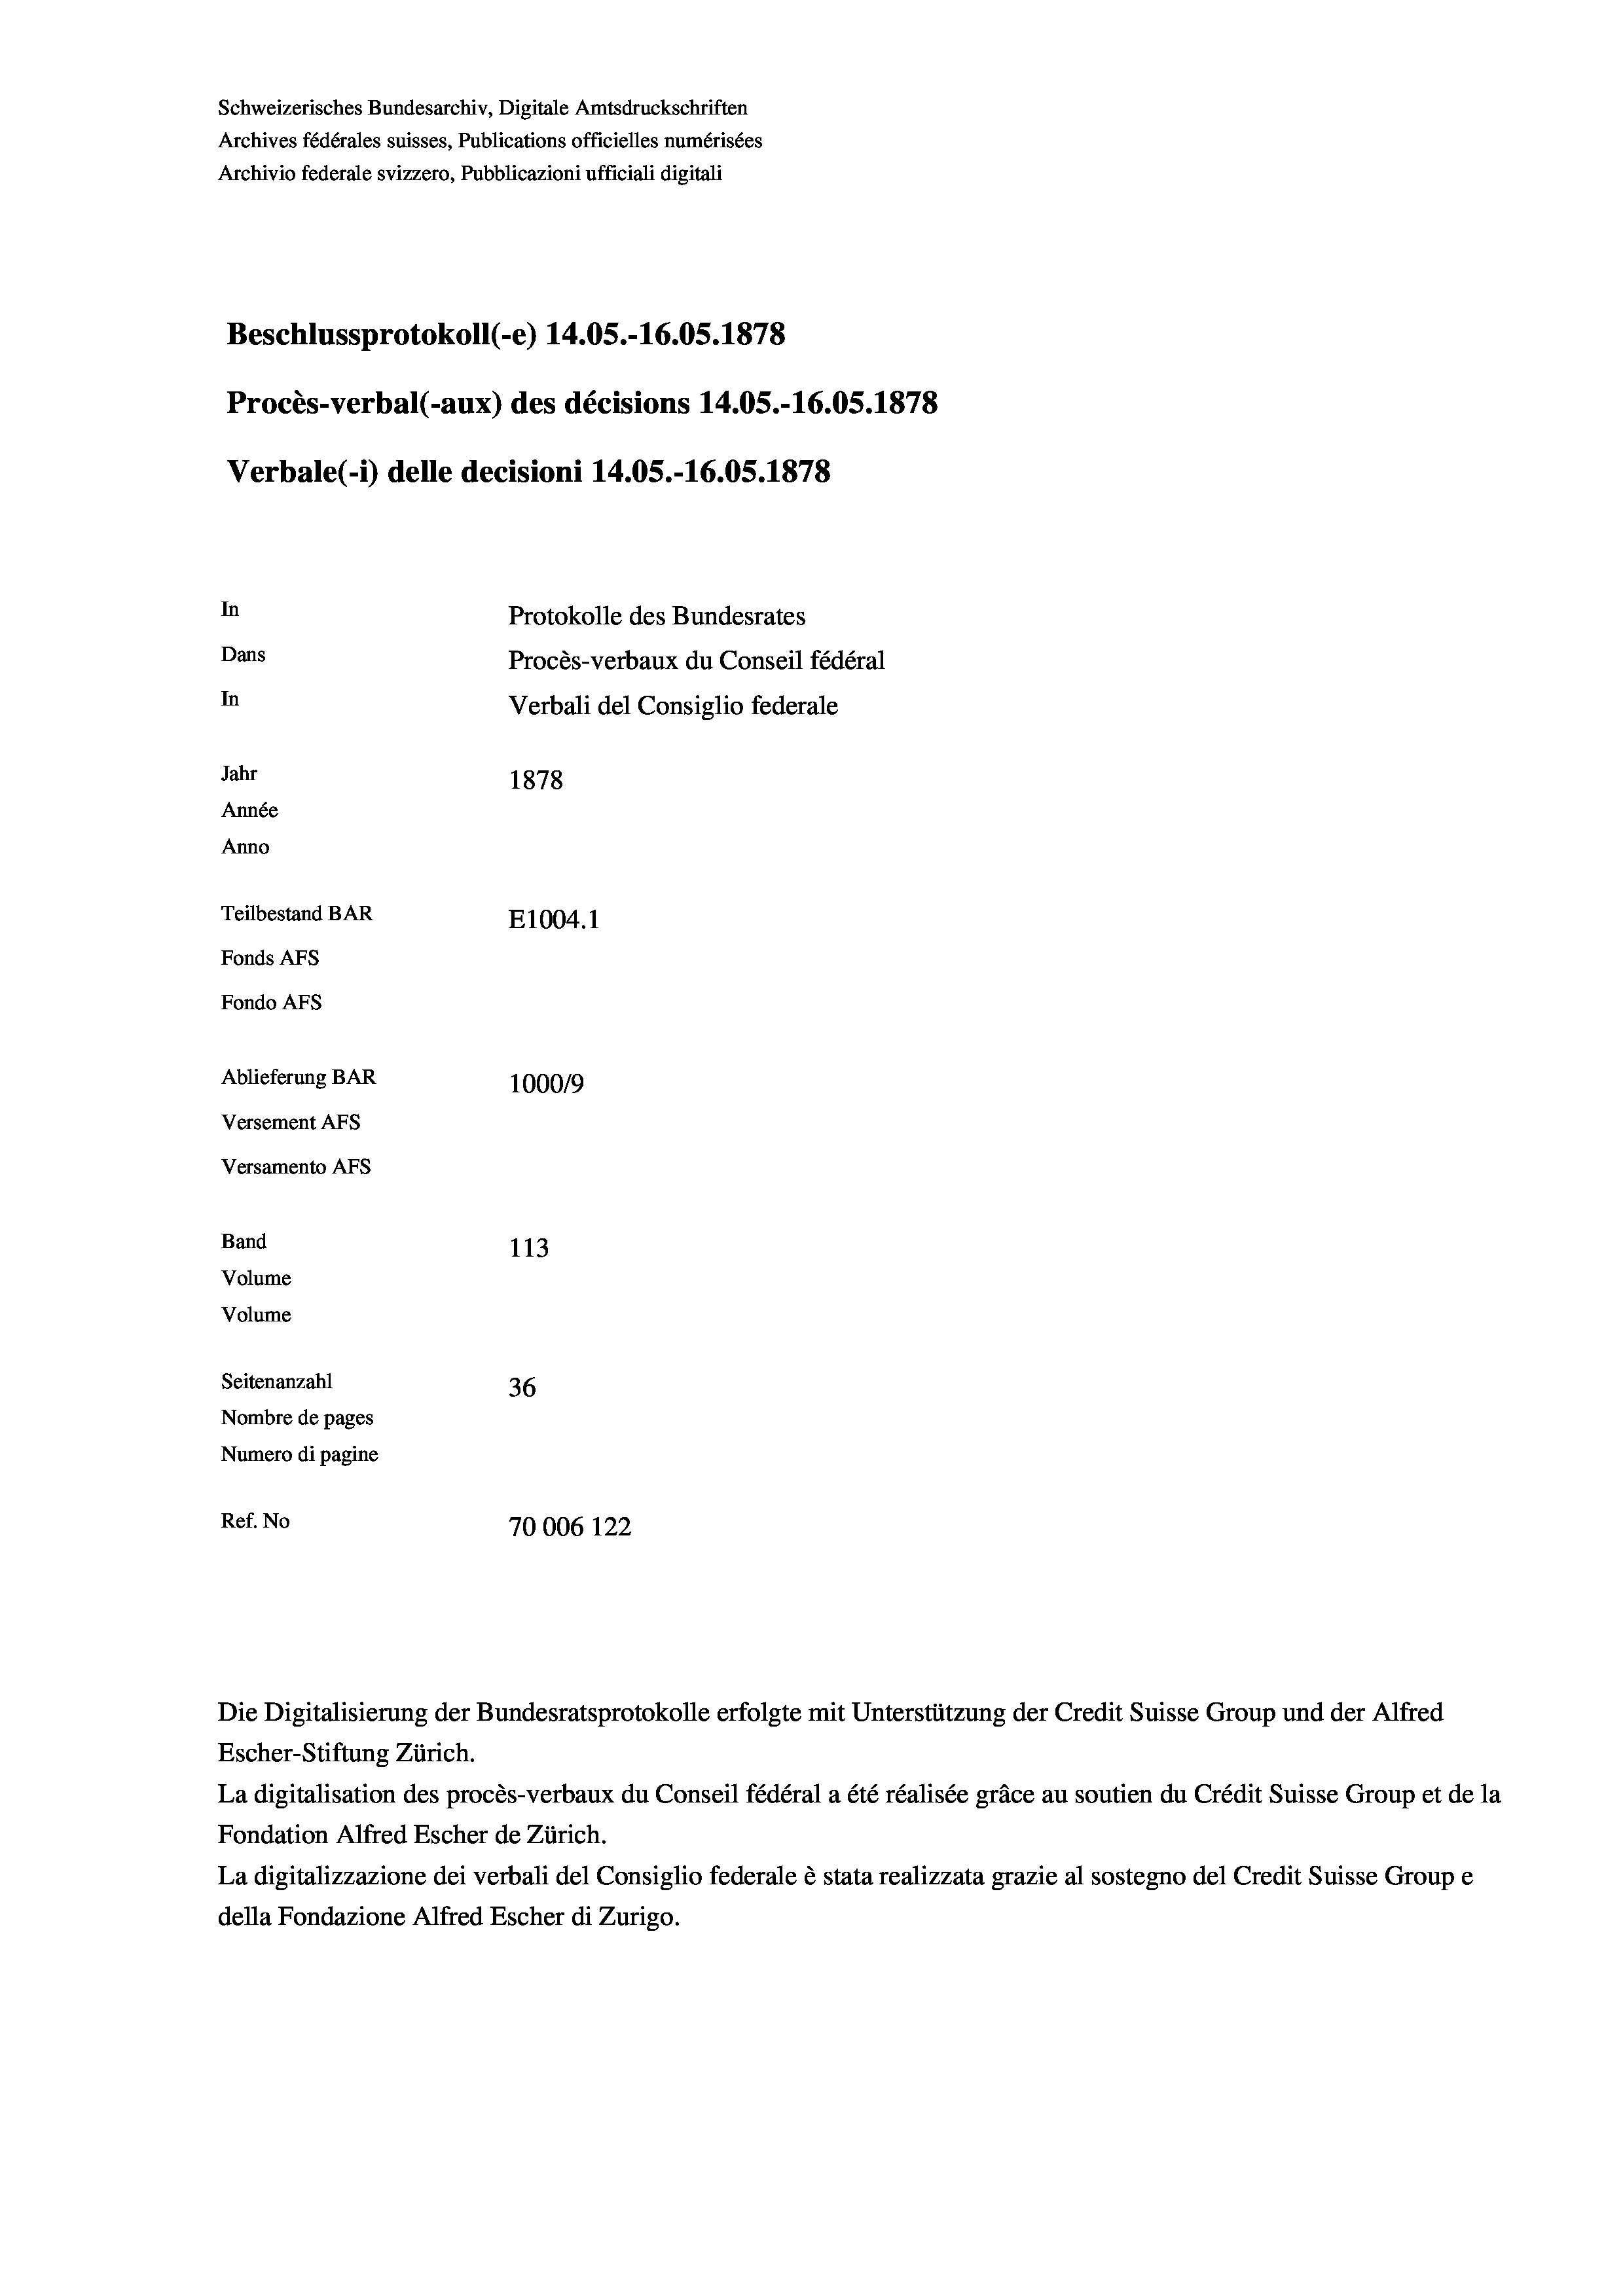
Schweizerisches Bundesarchiv, Digitale Amtsdruckschriften
Archives fédérales suisses, Publications officielles numérisées
Archivio federale svizzero, Pubblicazioni ufficiali digitali
Beschlussprotokoll (-e) 14.05.-16.05. 1878
Procès-verbal (-aux) des décisions 14.05.-16.05. 1878
Verbale (1) delle decisioni 14.05.-16.05. 1878
In
Protokolle des Bundesrates
Dans
Procès-verbaux du Conseil fédéral
In
Verbali del Consiglio federale
Jahr
1878
Année
Anno
Teilbestand BAR
E1004. 1
Fonds AFs
Fondo Afs
Ablieferung BAR
100019
Versement AFs

Versamento AFS
Band

113
Seitenanzahl
36
Nombre de pages
Numero di pagine
Ref. No
70006 122

Volume
Volume

Die Digitalisierung der Bundesratsprotokolle erfolgte mit Unterstützung der Credit Suisse Group und der Alfred

Escher-Stiftung Zürich.
La digitalisation des procès-verbaux du Conseil fédéral a été réalisée gräce au soutien du Crédit Suisse Group et de la
Fondation Alfred Escher de Zürich.
La digitalizzazione dei verbali del Consiglio federale è stata realizzata grazie al sostegno del Credit Suisse Groupe
della Fondazione Alfred Escher di Zurigo.